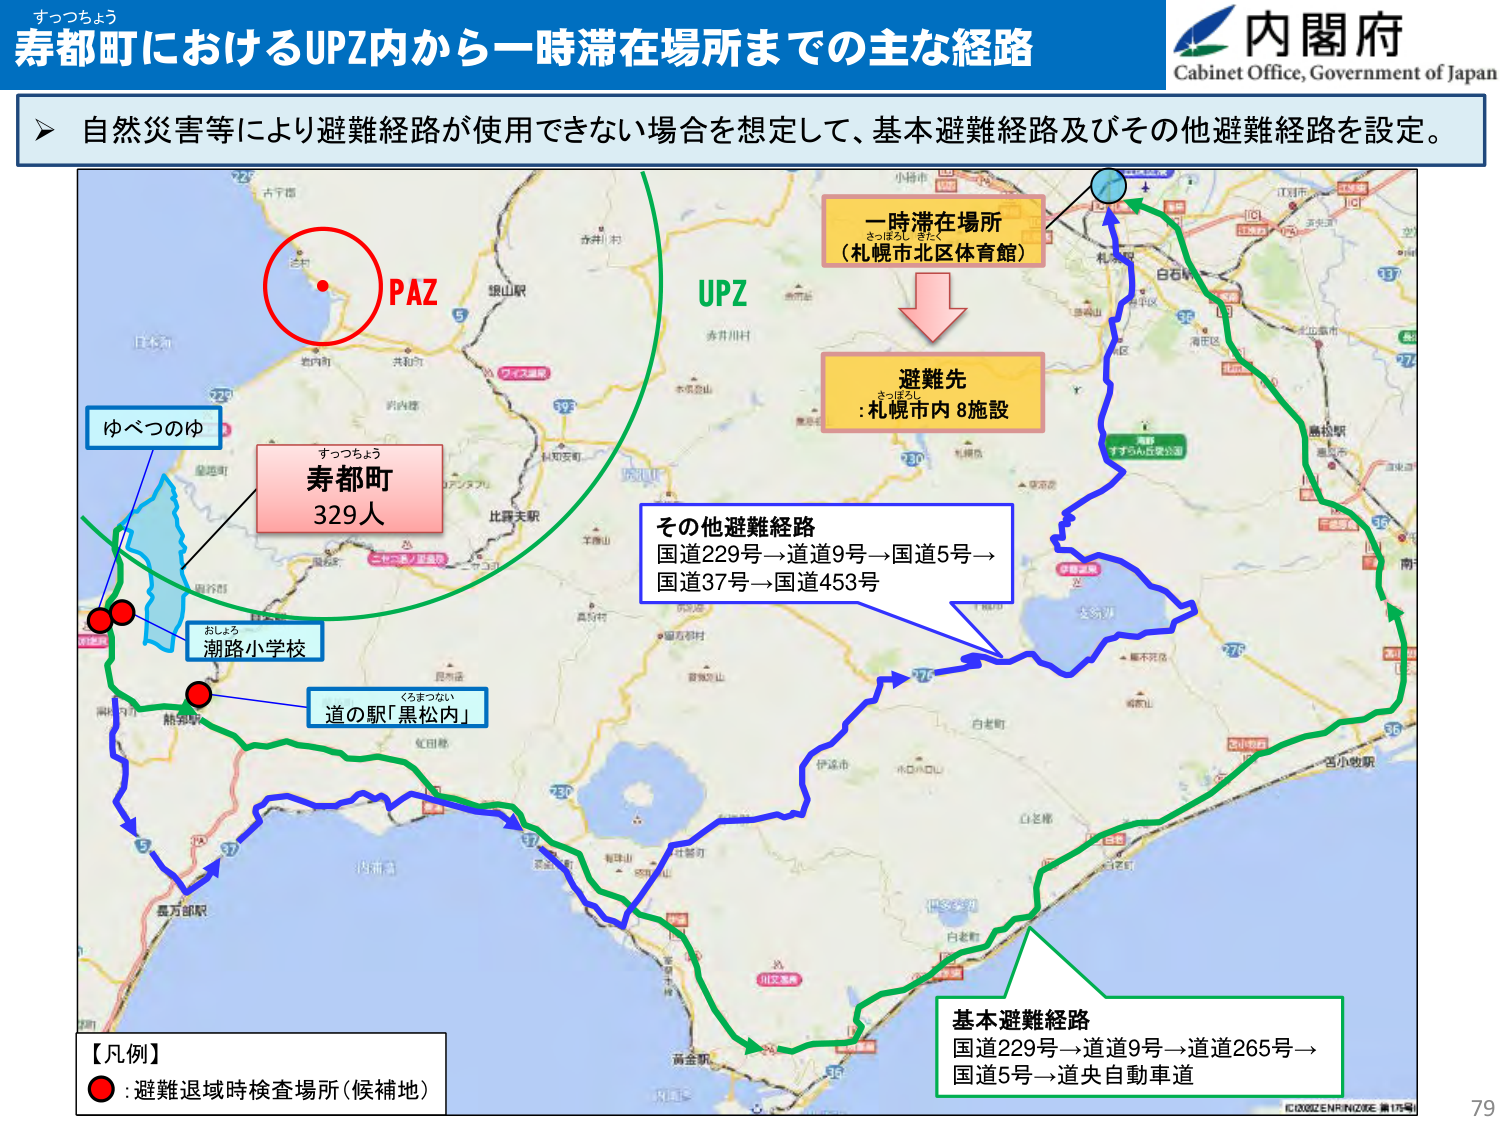
すっつちょぅ
寿都町におけるUPZ内から一時滞在場所までの主な経路
内閣府
Cabinet Office, Government of Japan
自然災害等により避難経路が使用できない場合を想定して、基本避難経路及びその他避難経路を設定。
PAZ
UPZ
一時滞在場所
（札幌市北区体育館）
避難先
:札幌市内 8施設
ゆべつのゆ
すっつちょぅ
寿都町
329人
おしょろ
潮路小学校
くろまつない
道の駅「黒松内」
その他避難経路
国道229号→道道9号→国道5号→
国道37号→国道453号
基本避難経路
国道229号→道道9号→道道265号→
国道5号→道央自動車道
【凡例】
● : 避難退域時検査場所（候補地）
IC0002ENRIN020E 第175号
79